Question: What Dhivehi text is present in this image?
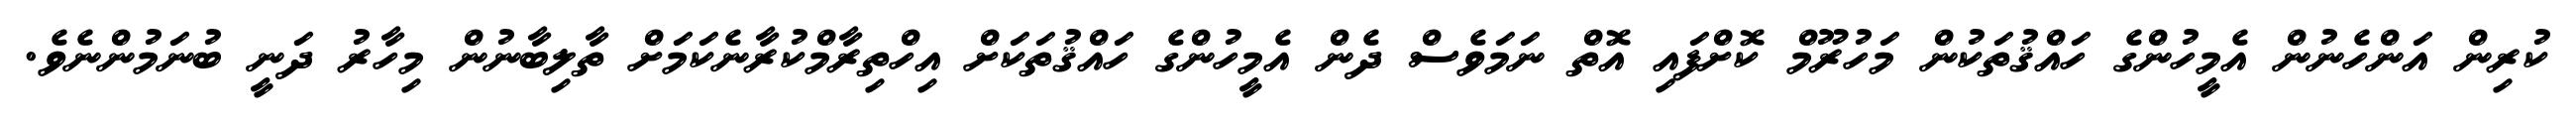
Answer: ކުރިން އަންހެނުން އެމީހުންގެ ހައްޤުތަކުން މަހުރޫމް ކޮށްފައި އޮތް ނަމަވެސް ދެން އެމީހުންގެ ހައްޤުތަކަށް އިހްތިރާމްކުރާނެކަމަށް ތާލިބާނުން މިހާރު ދަނީ ބުނަމުންނެވެ.